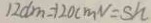
1 2 d m = 1 2 0 c m N = S h